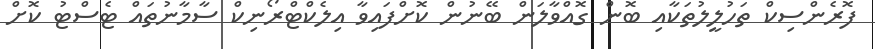
ފޮރެންސިކް ތަހުލީލުތަކާއި ބޮން ގޮއްވާލަން ބޭނުން ކޮށްފައިވާ އިލެކްޓްރޯނިކް ސާމާނުތައް ޓެސްޓު ކޮށް